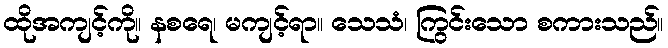
ထိုအကျင့်ကို။ နစရေ၊ မကျင့်ရာ။ သေသံ၊ ကြွင်းသော စကားသည်။